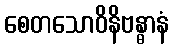
စေတသောဝိနိဗန္ဓာနံ